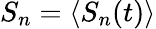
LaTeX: S_{n}=\langle S_{n}(t)\rangle